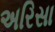
અરિસા